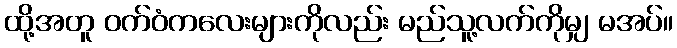
ထို့အတူ ဝက်ဝံကလေးများကိုလည်း မည်သူ့လက်ကိုမျှ မအပ်။